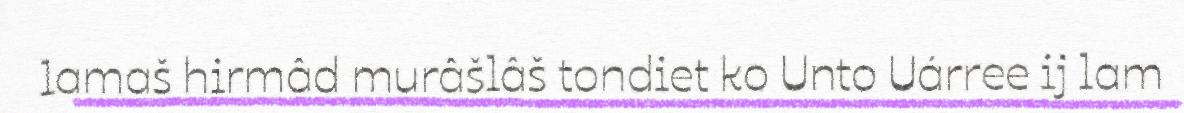
lamaš hirmâd murâšlâš tondiet ko Unto Uárree ij lam